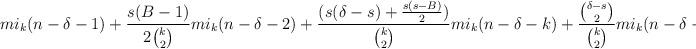
LaTeX: \begin{align*}mi_k(n-\delta-1)+\frac{s(B-1)}{2\binom{k}{2}}mi_k(n-\delta-2)+\frac{(s(\delta-s)+\frac{s(s-B)}{2})}{\binom{k}{2}}mi_k(n-\delta-k)+\frac{\binom{\delta-s}{2}}{\binom{k}{2}}mi_k(n-\delta-B).\end{align*}